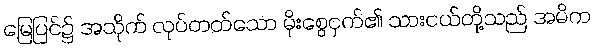
မြေပြင်၌ အသိုက် လုပ်တတ်သော မိုးစွေငှက်၏ သားငယ်တို့သည် အမိက